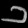
Digit: ၁